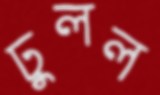
ঢুলল